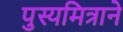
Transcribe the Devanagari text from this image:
पुस्यमित्राने